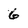
Character: 6